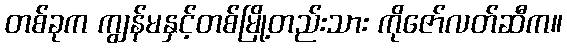
တစ်ခုက ကျွန်မနှင့်တစ်မြို့တည်းသား ကိုဇော်လတ်ဆီက။